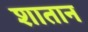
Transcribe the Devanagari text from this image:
शातान